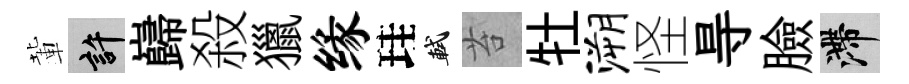
輩許巋殺獵缘珪軾苔牡溯怪㝵臉滯